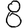
Digit: 8